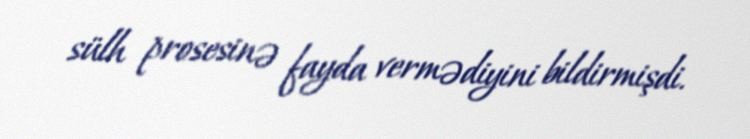
sülh prosesinə fayda vermədiyini bildirmişdi.